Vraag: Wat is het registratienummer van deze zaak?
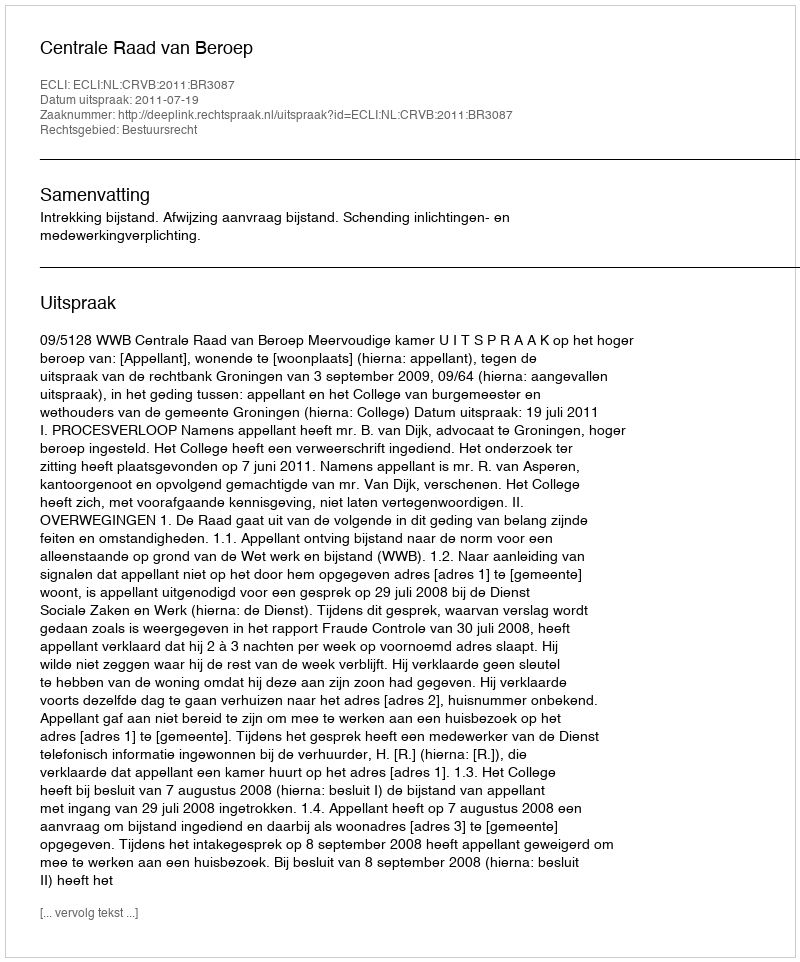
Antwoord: http://deeplink.rechtspraak.nl/uitspraak?id=ECLI:NL:CRVB:2011:BR3087